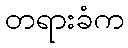
တရားခံက